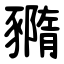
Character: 䝐